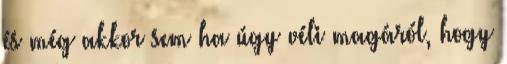
és még akkor sem ha úgy véli magáról, hogy